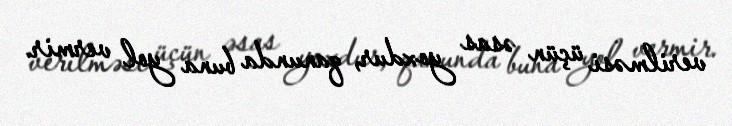
verilməsi üçün əsas yoxdur, qanunda buna yol vermir.